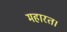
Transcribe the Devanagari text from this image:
महारत।